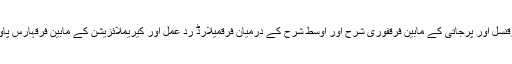
نیپال اور ہندوستان کے مابین فرقنسل اور پرجاتی کے مابین فرقفوری شرح اور اوسط شرح کے درمیان فرقمیلارڈ رد عمل اور کیریملائزیشن کے مابین فرقہارس پاور اور کلو واٹس کے مابین فرق